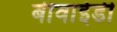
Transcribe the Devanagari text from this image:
बीवाईडी